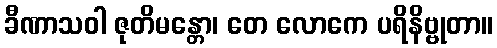
ခီဏာသဝါ ဇုတိမန္တော၊ တေ လောကေ ပရိနိဗ္ဗုတာ။